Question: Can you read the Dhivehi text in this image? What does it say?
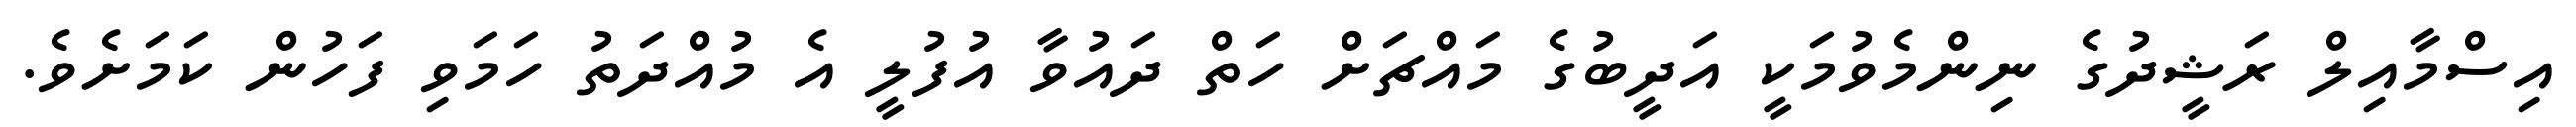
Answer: އިސްމާއިލް ރަޝީދުގެ ނިންމެވުމަކީ އަދީބުގެ މައްޗަށް ހަތް ދައުވާ އުފުލީ އެ މުއްދަތު ހަމަވި ފަހުން ކަމަށެވެ.